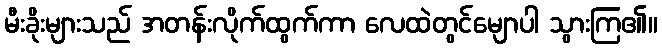
မီးခိုးများသည် အတန်းလိုက်ထွက်ကာ လေထဲတွင်မျောပါ သွားကြ၏။